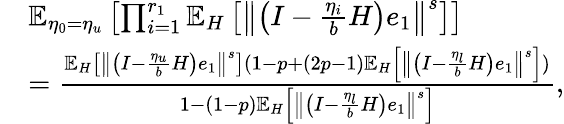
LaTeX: \begin{array}{rl}&{\mathbb{E}_{\eta_{0}=\eta_{u}}\left[\prod_{i=1}^{r_{1}}\mathbb{E}_{H}\left[\left\Vert\left(I-\frac{\eta_{i}}{b}H\right)e_{1}\right\Vert^{s}\right]\right]}\\ &{=\frac{\mathbb{E}_{H}\left[\left\Vert\left(I-\frac{\eta_{u}}{b}H\right)e_{1}\right\Vert^{s}\right](1-p+(2p-1)\mathbb{E}_{H}\left[\left\Vert\left(I-\frac{\eta_{l}}{b}H\right)e_{1}\right\Vert^{s}\right])}{1-(1-p)\mathbb{E}_{H}\left[\left\Vert\left(I-\frac{\eta_{l}}{b}H\right)e_{1}\right\Vert^{s}\right]},}\end{array}